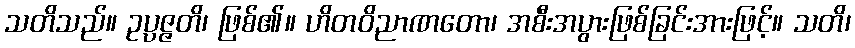
သတိသည်။ ဥပ္ပဇ္ဇတိ၊ ဖြစ်၏။ ဟိတဝိညာဏတော၊ အစီးအပွားဖြစ်ခြင်းအားဖြင့်။ သတိ၊